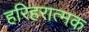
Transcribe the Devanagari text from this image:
हरिहरात्मक